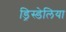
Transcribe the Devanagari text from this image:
ड्रिस्डेलिया